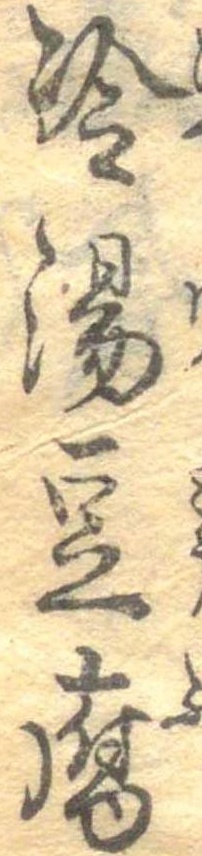
冷湯豆腐